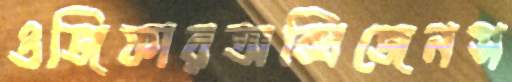
ওজিফারঅক্সিজেনস